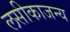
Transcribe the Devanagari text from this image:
लसीकाजन्य